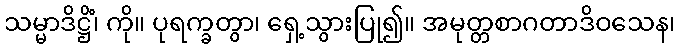
သမ္မာဒိဋ္ဌိံ၊ ကို။ ပုရက္ခတွာ၊ ရှေ့သွားပြု၍။ အမုတ္တစာဂတာဒိဝသေန၊